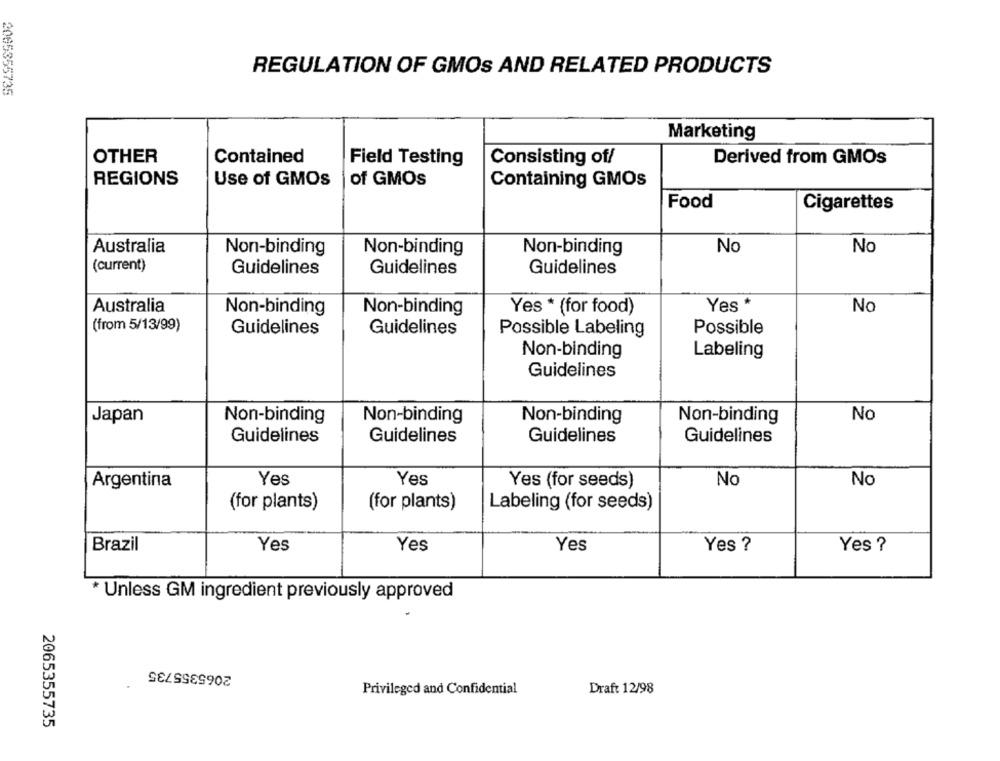
REGULATION OF GMOS AND RELATED PRODUCTS
2065355735
Marketing
OTHER
Contained
Field Testing
Consisting of/
Derived from GMOs
REGIONS
Use of GMOs
of GMOS
Containing GMOs
Food
Cigarettes
Australia
Non-binding
Non-binding
Non-binding
No
No
(current)
Guidelines
Guidelines
Guidelines
Yes *
Australia
Non-binding
Non-binding
Yes * (for food)
No
(from 5/13/99)
Guidelines
Guidelines
Possible Labeling
Possible
Non-binding
Labeling
Guidelines
Japan
Non-binding
Non-binding
No
Non-binding
Non-binding
Guidelines
Guidelines
Guidelines
Guidelines
Argentina
Yes
Yes
Yes (for seeds)
No
No
(for plants)
(for plants)
Labeling (for seeds)
Brazil
Yes
Yes
Yes
Yes ?
Yes ?
* Unless GM ingredient previously approved
2065355735
Privileged and Confidential
Draft 12/98
2065355735